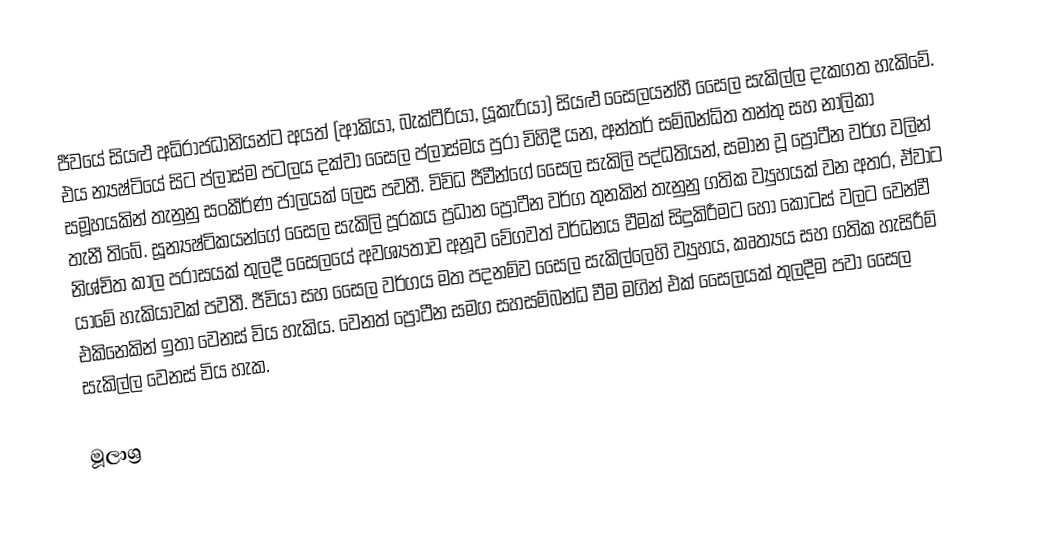
ජීවයේ සියළු අධිරාජධානියන්ට අයත් (ආකියා, බැක්ටීරියා, යූකැරියා) සියළු සෙෙලයන්හී සෙෙල සැකිල්ල දැකගත හැකිවේ. එය න්‍යෂ්ටියේ සිට ප්ලාස්ම පටලය දක්වා සෙෙල ප්ලාස්මය පුරා විහිදී යන, අන්තර් සම්බන්ධිත තන්තු සහ නාලිකා සමූහයකින් තැනුනු සංකීර්ණ ජාලයක් ලෙස පවතී. විවිධ ජීවීන්ගේ සෙෙල සැකිලි පද්ධතියන්, සමාන වූ ප්‍රෝටීන වර්ග වලින් තැනී තිබේ. සූන්‍යෂ්ටිකයන්ගේ සෙෙල සැකිලි පූරකය ප්‍රධාන ප්‍රෝටීන වර්ග තුනකින් තැනුනු ගතික ව්‍යුහයක් වන අතර, ඒවාට නිශ්චිත කාල පරාසයක් තුලදී සෙෙලයේ අවශ්‍යතාව අනූව වේගවත් වර්ධනය වීමක් සිදුකිරීමට හෝ කොටස් වලට වෙන්වී යාමේ හැකියාවක් පවතී. ජීවියා සහ සෙෙල වර්ගය මත පදනම්ව සෙෙල සැකිල්ලෙහි ව්‍යුහය, කෘත්‍යය සහ ගතික හැසිරීම් එකිනෙකින් ඉතා වෙනස් විය හැකිය. වෙනත් ප්‍රෝටීන සමග සහසම්බන්ධ වීම මගින් එක් සෙෙලයක් තුලදීම පවා සෙෙල සැකිල්ල වෙනස් විය හැක.

මූලාශ්‍ර